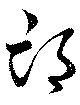
邙